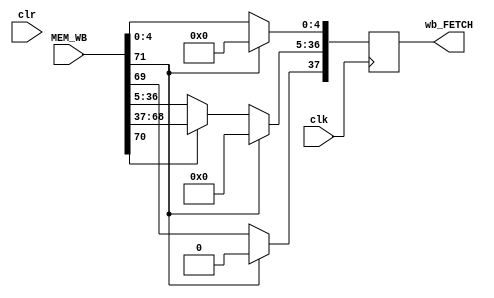
`timescale 1ns / 1ps
//////////////////////////////////////////////////////////////////////////////////
// Company: Texas State HDL Class
// 
// Design Name: 
// Module Name:    WB_FETCH 
// Project Name: 
// Target Devices: 
// Tool versions: 
// Description: same as rev 3 but with clear function
//
// Dependencies: 
//
// Revision: 
// Revision 0.01 - File Created
// Additional Comments: 
//
//////////////////////////////////////////////////////////////////////////////////
module WB_FETCH(
 input [71:0] MEM_WB,
 output reg [37:0] wb_FETCH,
 input clk,
 input clr
    );

always @(posedge clk) begin
   
	 
	 
    wb_FETCH[4:0] <= MEM_WB[4:0];
	 wb_FETCH[37] <= MEM_WB[69];
	
  	 if(MEM_WB[70]) begin
	 wb_FETCH[36:5] <= MEM_WB[68:37];
	 end
	 else begin
	 wb_FETCH[36:5] <= MEM_WB[36:5];
	 end
	 
	 if(MEM_WB[71] == 1) begin
	 wb_FETCH <= 0;
	 end
    end
endmodule